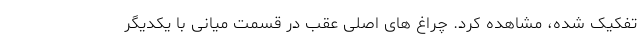
تفکیک شده، مشاهده کرد. چراغ های اصلی عقب در قسمت میانی با یکدیگر